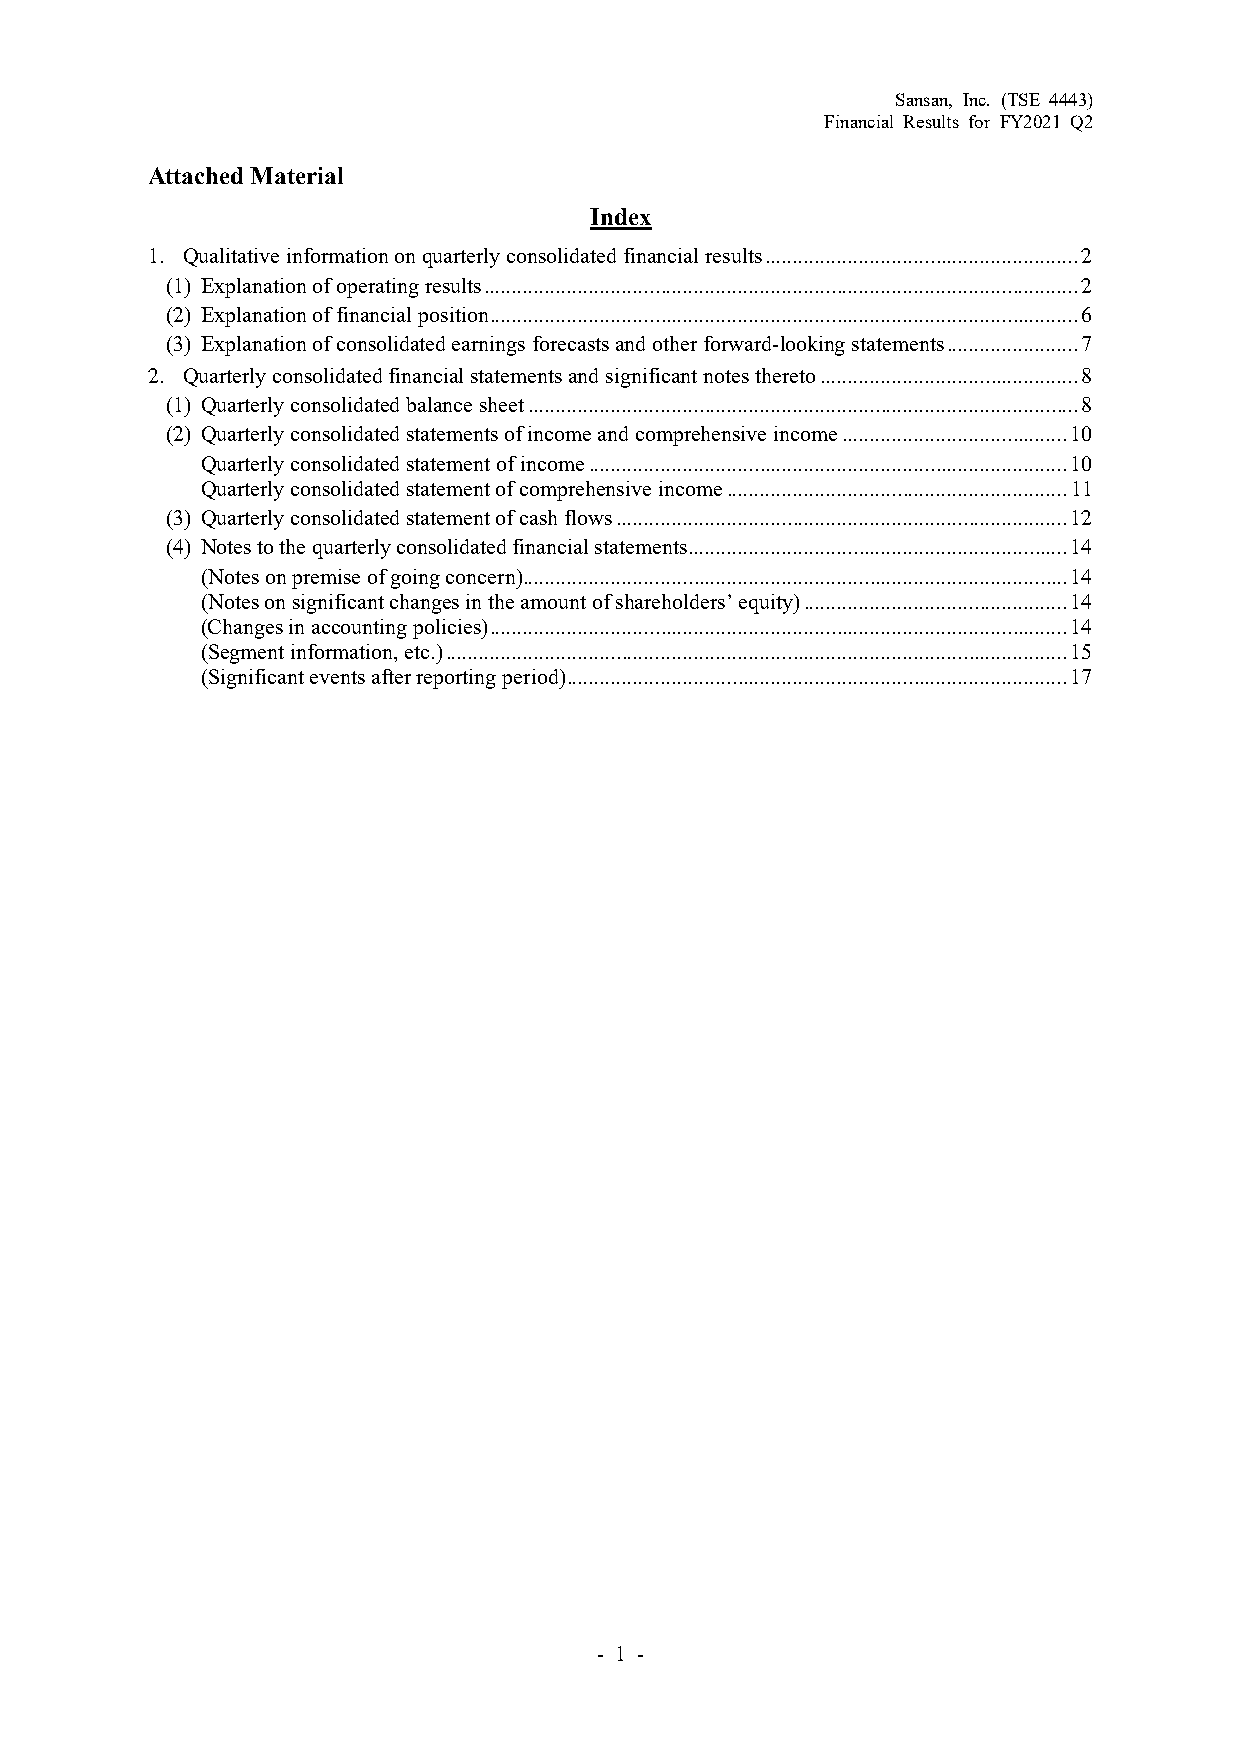
Sansan, Inc. (TSE 4443)
 Financial Results for FY2021 Q2
 Attached Material
 Index
 1. Qualitative information on quarterly consolidated financial results ......................................................... 2
 (1) Explanation of operating results ............................................................................................................ 2
 (2) Explanation of financial position ........................................................................................................... 6
 (3) Explanation of consolidated earnings forecasts and other forward-looking statements ........................ 7
 2. Quarterly consolidated financial statements and significant notes thereto ............................................... 8
 (1) Quarterly consolidated balance sheet .................................................................................................... 8
 (2) Quarterly consolidated statements of income and comprehensive income ......................................... 10
 Quarterly consolidated statement of income ....................................................................................... 10
 Quarterly consolidated statement of comprehensive income .............................................................. 11
 (3) Quarterly consolidated statement of cash flows .................................................................................. 12
 (4) Notes to the quarterly consolidated financial statements ..................................................................... 14
 (Notes on premise of going concern) ................................................................................................... 14
 (Notes on significant changes in the amount of shareholders’ equity) ................................................ 14
 (Changes in accounting policies) ......................................................................................................... 14
 (Segment information, etc.) ................................................................................................................. 15
 (Significant events after reporting period) ........................................................................................... 17
 - 1 -